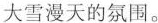
大雪漫天的氛围。